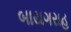
બાયગરાહ